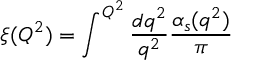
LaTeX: \xi ( Q ^ { 2 } ) = \int ^ { Q ^ { 2 } } { \frac { d q ^ { 2 } } { q ^ { 2 } } } { \frac { \alpha _ { s } ( q ^ { 2 } ) } { \pi } }